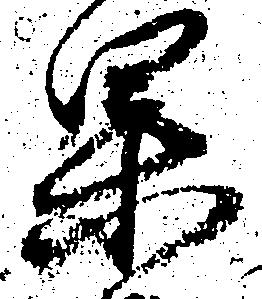
果